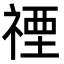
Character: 禋